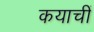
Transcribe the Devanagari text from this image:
कयाचीं